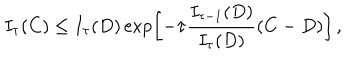
LaTeX: I _ { \tau } ( C ) \le I _ { \tau } ( D ) \exp \! \left[ - \tau { \frac { I _ { \tau - 1 } ( D ) } { I _ { \tau } ( D ) } } ( C - D ) \right] ,